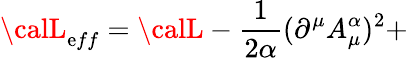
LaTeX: {\calL}_{\mathrm{e}ff}={\calL}-\frac{1}{{2\alpha}}(\partial^{\mu}A_{\mu}^{\alpha})^{2}+